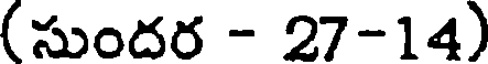
(సుందర - 27-14)